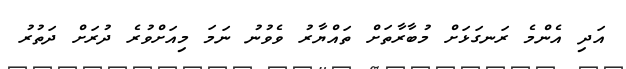
އަދި އެންމެ ރަނގަޅަށް މުބާރާތަށް ތައްޔާރު ވެވުނު ނަމަ މިއަށްވުރެ ދުރަށް ދަތުރު